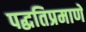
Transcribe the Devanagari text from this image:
पद्धतिप्रमाणे